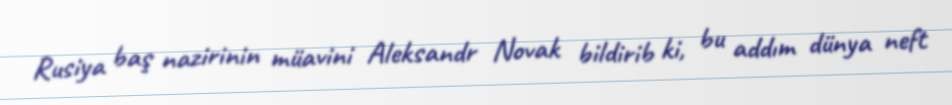
Rusiya baş nazirinin müavini Aleksandr Novak bildirib ki, bu addım dünya neft